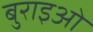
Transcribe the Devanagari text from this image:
बुराइओ